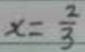
x = \frac { 2 } { 3 }